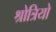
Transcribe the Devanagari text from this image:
श्रोत्रियो